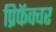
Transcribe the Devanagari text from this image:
प्रिफॅक्चर